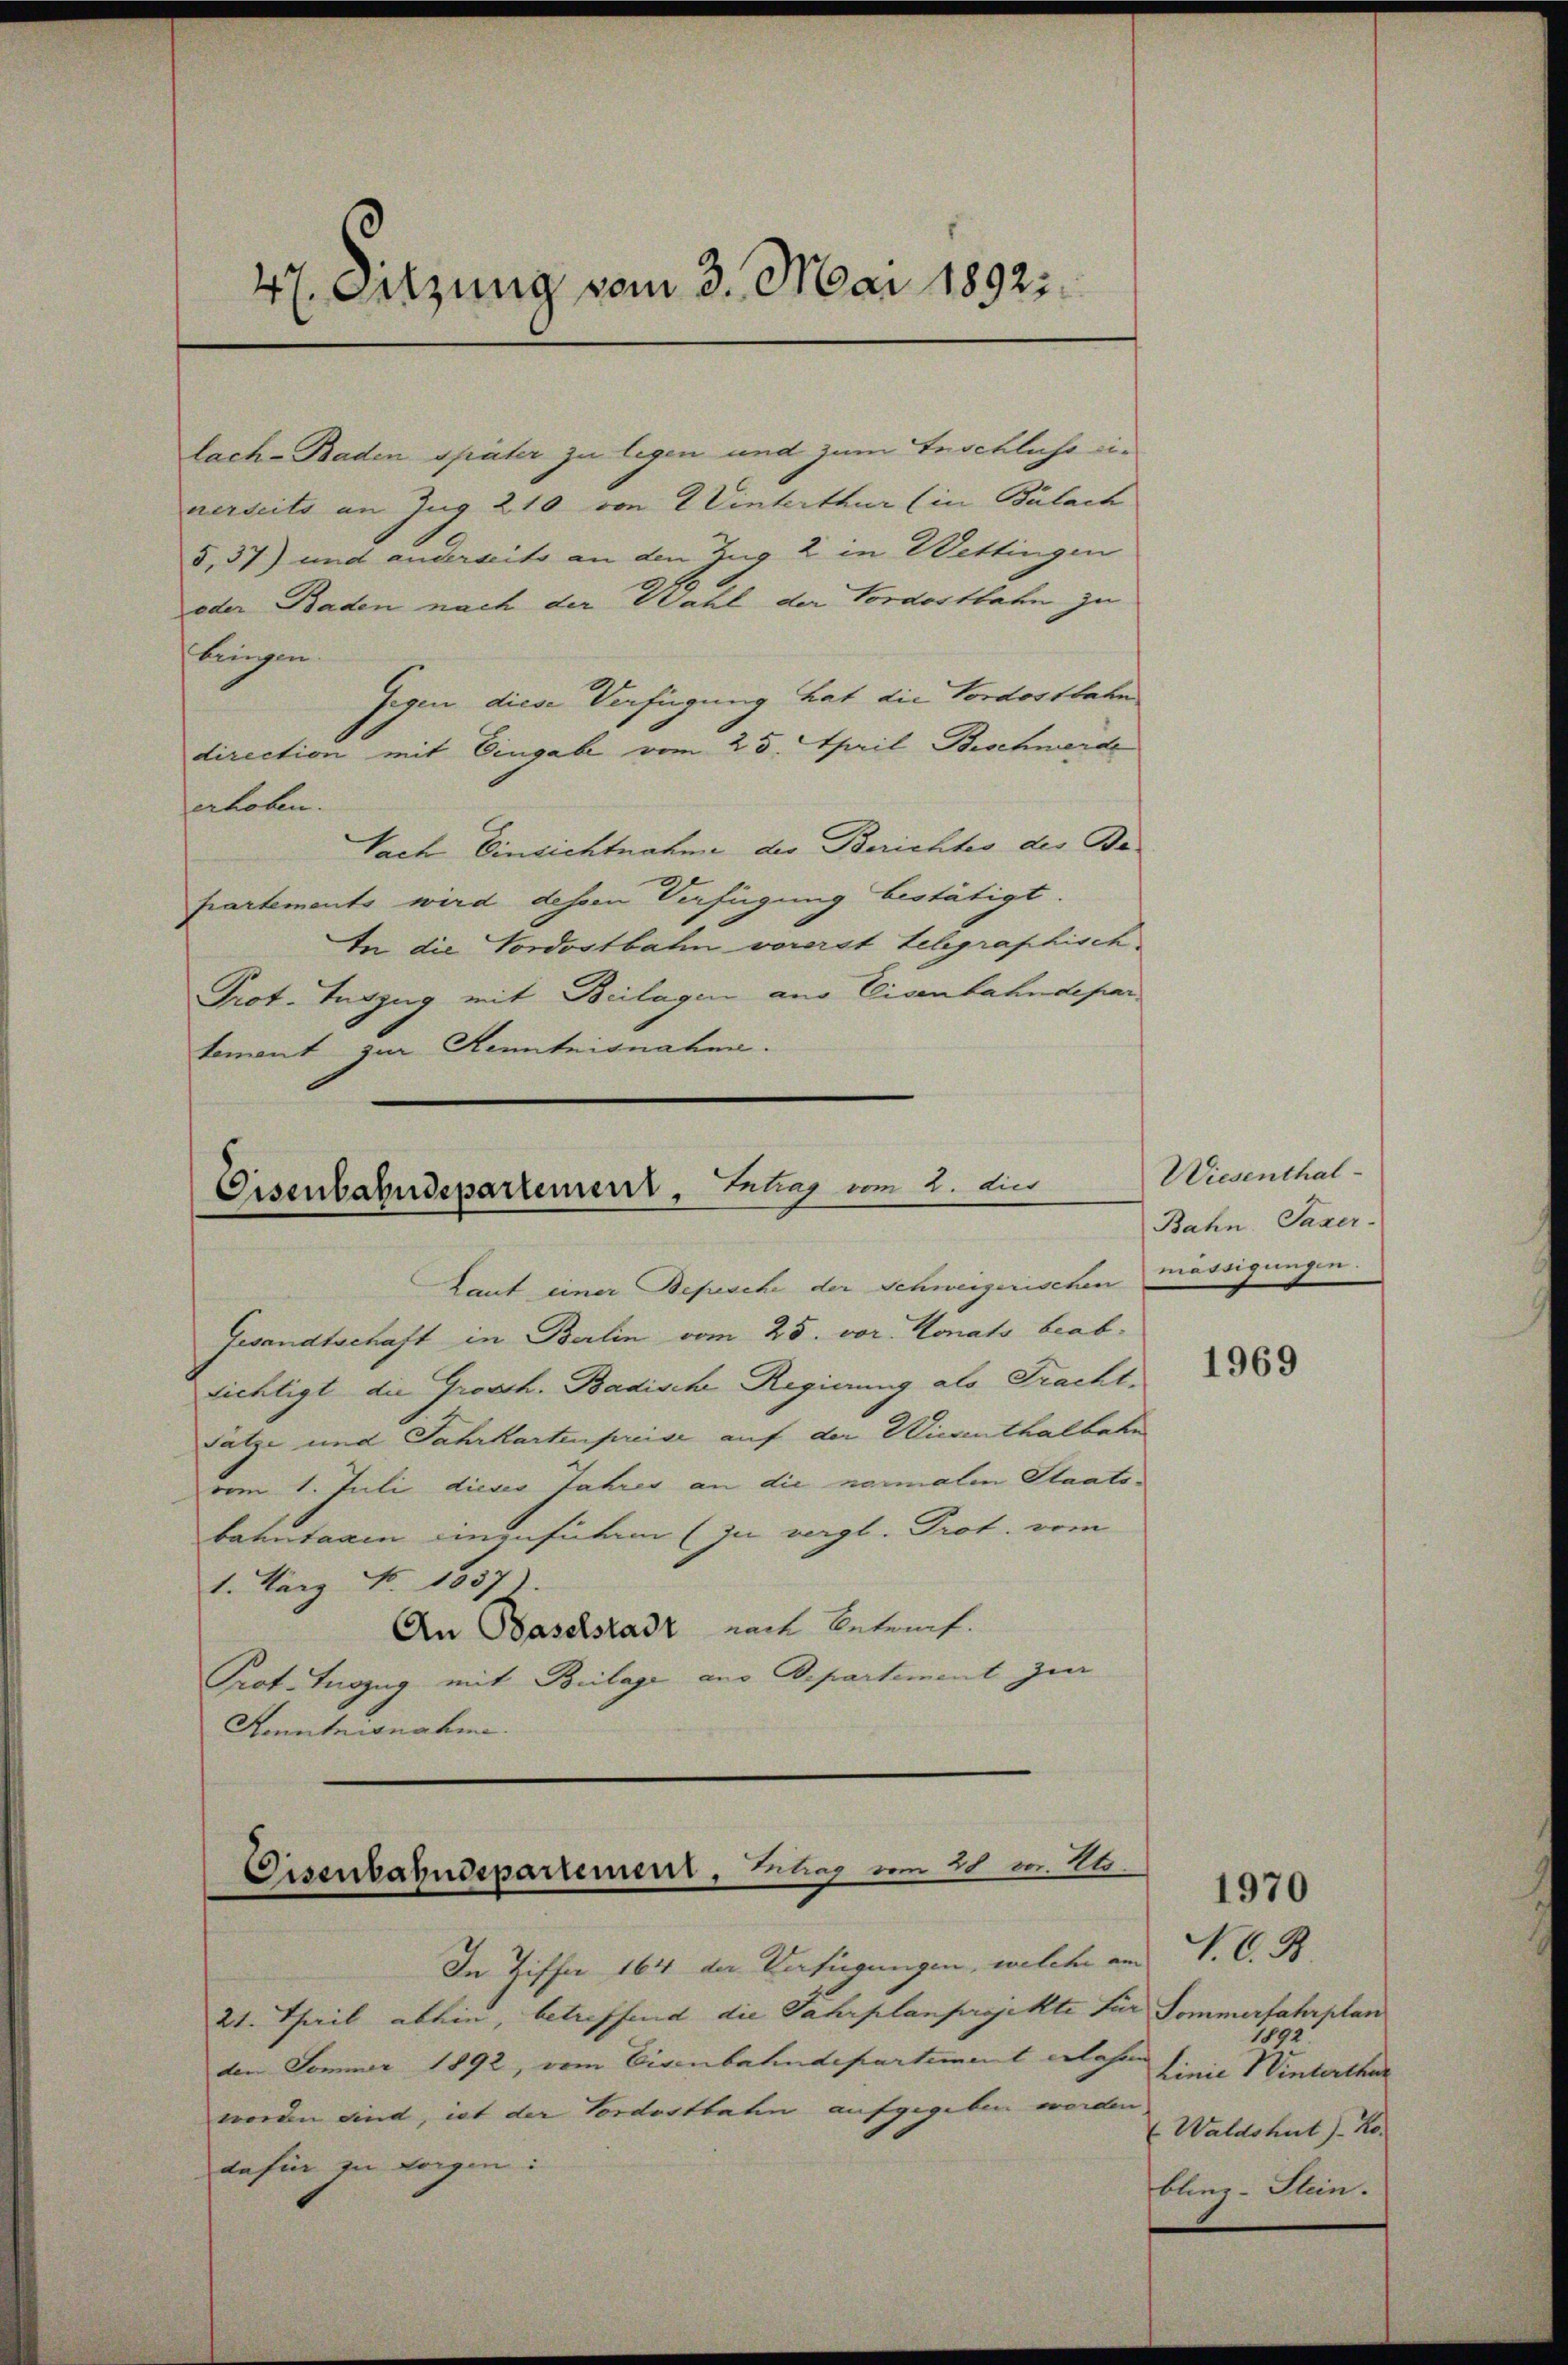
47. Sitzung vom 3. Mai 18921.

lach-Baden später zu legen und zum Inschliche einerseits an Zug 210 von 2 Vinterthur (in Bülach
3,37) und anderseits an den Zug 2 in Wettingen
oder Baden nach der Wahl der Vordostbahn zu
bringen.
Gegen diese Verfügung hat die Vordostbahn
direction mit Eingabe vom 25. April Beschwerde
erhoben.
Nach Einsichtnahme des Berichtes des Bapartements wird dehen Verfügung bestätigt.
In die Vordostbahn vorerst telegraphisch
Prot. Auszug mit Beilagen aus Eisenbahndepar
tement zur Kenntnisnahen.

Eisenbahndepartement, Eintrag/Antrag vom 2. Li

kaut einer Bepesche der Schweizerischen
Gesandtschaft in Berlin vom 25. vor. Monats beabsichtigt die Grossh. Badische Regierung als Fracht,
sätze und Jahrkartenpreise auf der Wiesenthalbahn
vom 1. Juli dieses Jahres an die nomalen Staatsbahntagen einzuführen (zu vergl. Prot. vom
1. März d. 1037).
An Baselstadt nach betrauf.
Prot. Tuszug mit Beilage aus Departement zur
Kenntnisnahme.

Disenbahndepartement, lag vom 20 v. 24.

Wiesenthal-
Bahn. Saxer-
mürdigungen.

In Ziffer 164 der Verfügungen, welche an V. C. B
21. Theil abhin, betreffend die Fahrplanprojekte für Sommerfahrplan
den Sommer 1892, vom Eisenbahndepartement Klasen
worden sind, ist der Vordostbahn aufgegeben werden
dahin zu sorgen:

1969

1970

1892
Linie Winterthur
(Waldshut. Ko
bling-Stein.